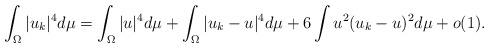
LaTeX: \begin{align*}\int_{\Omega}|u_{k}|^{4}d\mu=\int_{\Omega}|u|^{4}d\mu+\int_{\Omega}|u_{k}-u|^{4}d\mu+6\int u^{2}(u_{k}-u)^{2}d\mu+o(1).\end{align*}